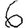
Digit: 6